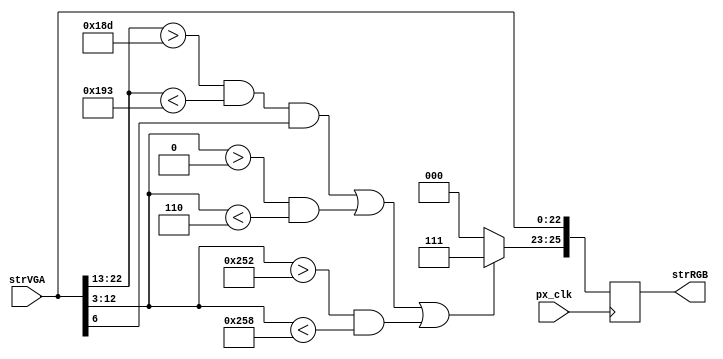
////////////////////////////////////////////////////////////////////////////////
// Company:     Ridotech
// Module Name: court.v
//
// Description: Draw a tennis court in a stream RGB.
//
// Dependencies:
//
// Revisions: 
//     0.01 - File created.
//
// Additional Comments:
//
////////////////////////////////////////////////////////////////////////////////
module court (
    input wire         px_clk,      // Pixel clock.
    input wire  [22:0] strVGA,      // Stream VGA input.
    output wire [25:0] strRGB       // Stream RGB out.
);

    // Bit address alias.
    `define Active 0:0
    `define VS     1:1
    `define HS     2:2
    `define YC     12:3
    `define XC     22:13
    `define R      23:23
    `define G      24:24
    `define B      25:25
    `define RGB    25:23
    `define VGA    22:0
    `define separator_line 6:6

    // Dimensions.
    localparam width_line = 6;
    localparam width_screen = 800;
    localparam height_screen = 600;

    // Colors.
    localparam black = 3'b000;
    localparam white = 3'b111;

    // Output RGB stream.
    reg [25:0] strRGB_reg;
    assign strRGB = strRGB_reg;

    // Task 1: Draw lines.
    always @(posedge px_clk)
    begin
        // Clone VGA stream signals in a RGB stream.
        strRGB_reg[`VGA] <= strVGA[`VGA];

        // Draw lines.
        strRGB_reg[`RGB] <= (
                            // Middle line.
                            ((strVGA[`XC] > (width_screen/2 - width_line/2)) && (strVGA[`XC] < (width_screen/2 + width_line/2)) && (strVGA[`separator_line])) ||
                            // Top line.
                            ((strVGA[`YC] > 0) && (strVGA[`YC] < width_line)) ||
                            // Bottom line.
                            ((strVGA[`YC] > (height_screen - width_line)) && (strVGA[`YC] < height_screen))
                            ) ? white : black;
    end

endmodule